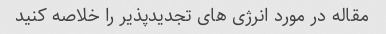
مقاله در مورد انرژی های تجدیدپذیر را خلاصه کنید